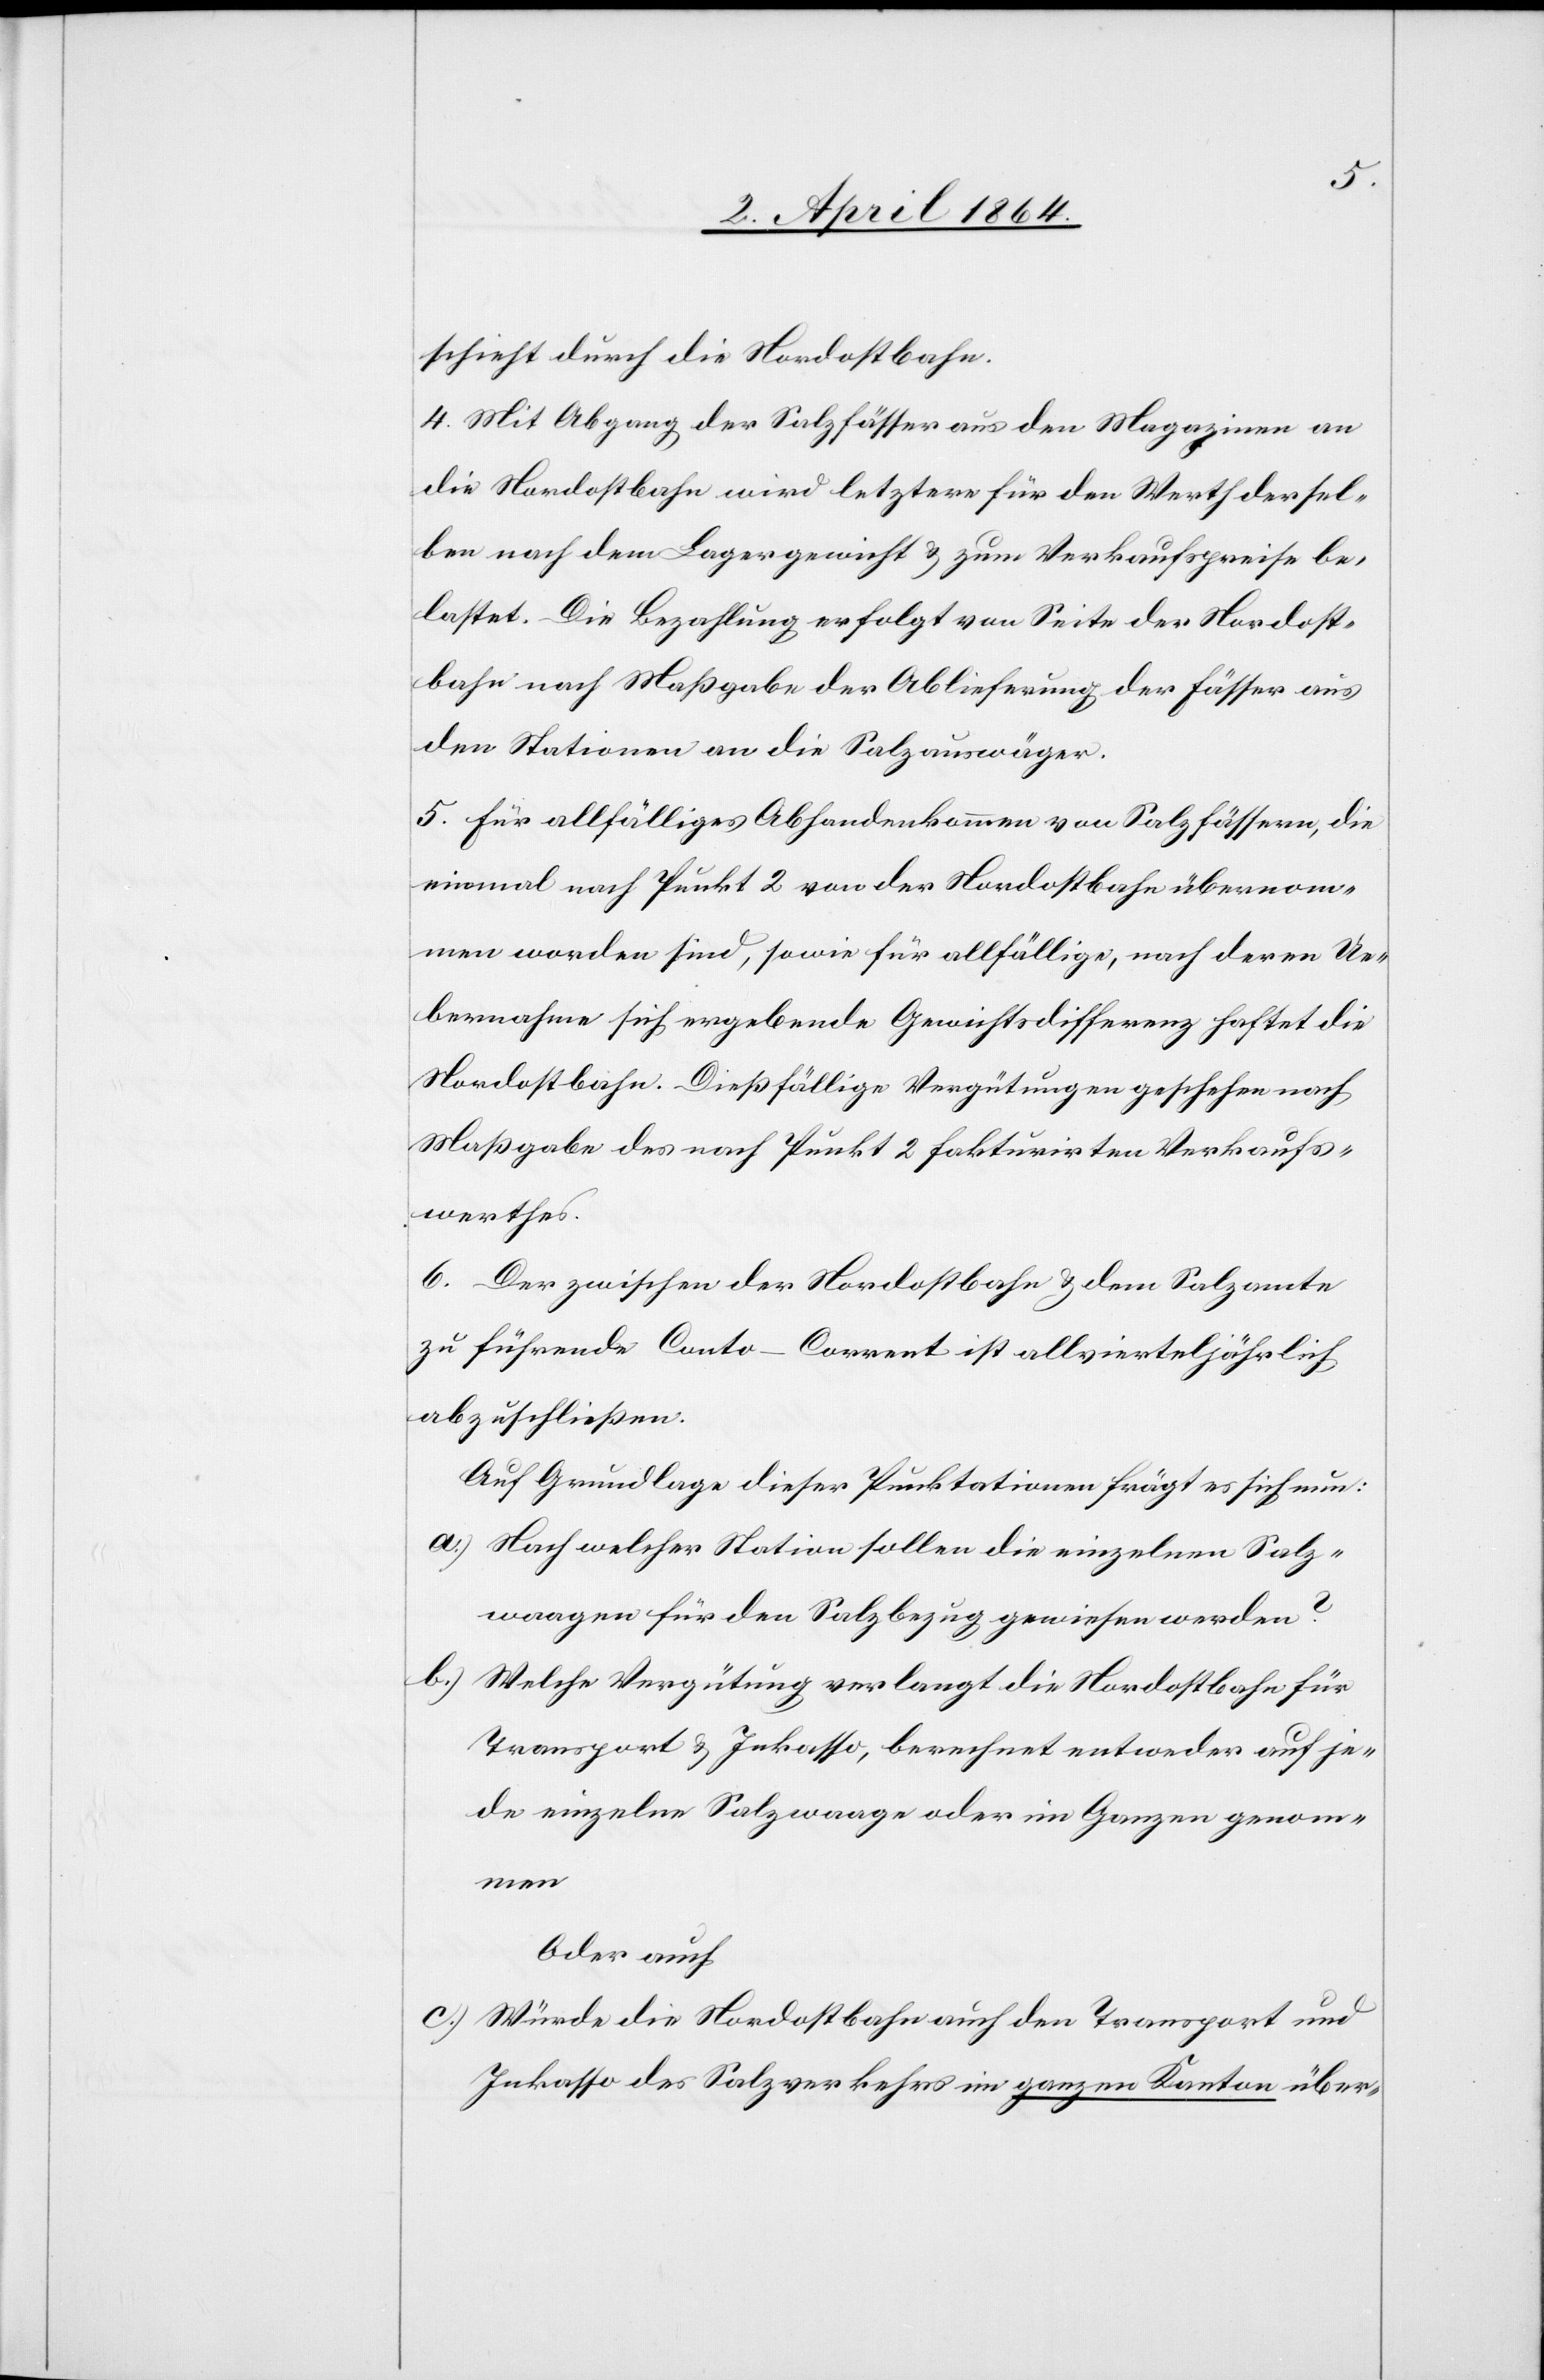
schieht durch die Nordostbahn.
4. Mit Abgang der Salzfässer aus den Magazinen an
die Nordostbahn wird letztere für den Werth dersel¬
ben nach dem Lagergewicht u. zum Verkaufspreise be¬
lastet. Die Bezahlung erfolgt von Seite der Nordost¬
bahn nach Maßgabe der Ablieferung der Fässer aus
den Stationen an die Salzauswäger.
5. Für allfälliges Abhandenkommen von Salzfässern, die
einmal nach Punkt 2 von der Nordostbahn übernom¬
men worden sind, sowie für allfällige, nach deren Ue¬
bernahme sich ergebende Gewichtsdifferenz haftet die
Nordostbahn. Dießfällige Vergütungen geschehen nach
Maßgabe des nach Punkt 2 fakturirten Verkaufs¬
werthes.
6. Der zwischen der Nordostbahn u. dem Salzamte
zu führende Conto-Corrent ist allvierteljährlich
abzuschließen.
Auf Grundlage dieser Punktationen frägt es sich nun:
a.) Nach welcher Station sollen die einzelnen Salz¬
wagen für den Salzbezug gewiesen werden?
b.) Welche Vergütung verlangt die Nordostbahn für
Transport u. Inkasso, berechnet entweder auf je¬
de einzelne Salzwaage oder im Ganzen genom¬
men
Oder auch
c.) Würde die Nordostbahn auch den Transport und
Inkasso des Salzverkaufes im ganzen Kanton über-